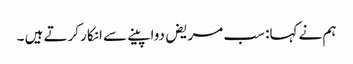
ہم نے کہا: سب مریض دوا پینے سے انکار کرتے ہیں ۔